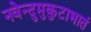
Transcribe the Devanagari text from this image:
नवेन्दुमुकुटाभातं